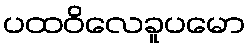
ပထဝိလေခူပမော